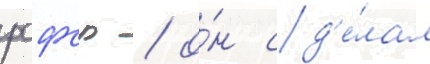
рсфср / о́н сд'е́лал